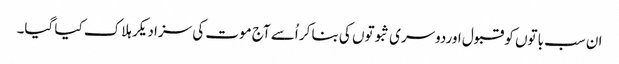
ان سب باتوں کو قبول اوردوسری ثبوتوں کی بنا کر اُسے آج موت کی سزا دیکر ہلاک کیا گیا۔